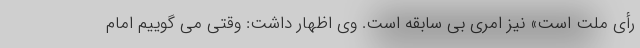
رأی ملت است» نیز امری بی سابقه است. وی اظهار داشت: وقتی می گوییم امام